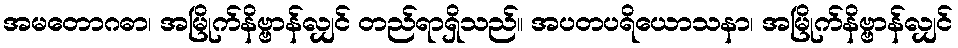
အမတောဂဓာ၊ အမြိုက်နိဗ္ဗာန်လျှင် တည်ရာရှိသည်။ အပတပရိယောသနာ၊ အမြိုက်နိဗ္ဗာန်လျှင်